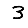
Digit: 3